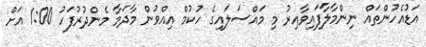
އަޑުއެހުންތައް ނިންމާލާފައިވާއިރު މި މައްސަލައިގެ ހުކުމް އިއްވުން މާދަމާ މެންދުރުފަހު 1:00 އަށް